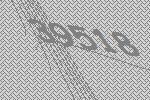
39518